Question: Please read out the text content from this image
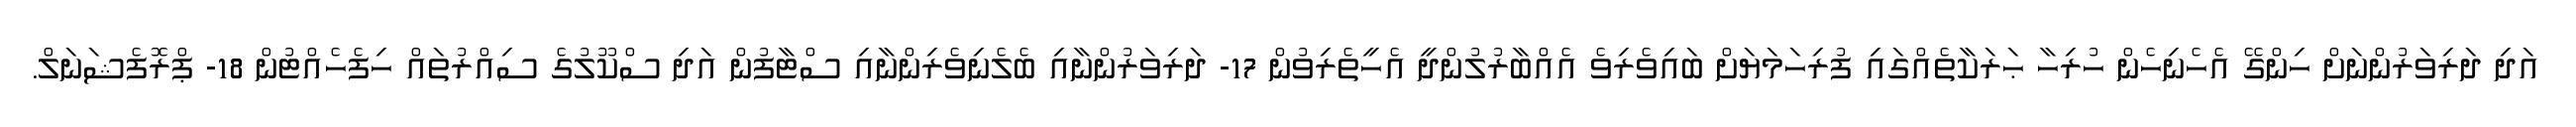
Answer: އަދި ދަރިވަރުންނަށް ހިންގޭ އެހެނިހެން ހުރިހާ ޙަރަކާތެއްގައި ފުރިހަމަޔަށް ބައިވެރިވެ އެއްބާރުލުންދީ އެހީތެރިވުން 17- ދަރިވަރުންނާއި ބެލެނިވެރިންނާއި ސްޓާފުން އަދި ސްކޫލުގެ ސިއްރުތައް ހިފެހެއްޓުން 18- ޕްރޮފެޝަނަލް.